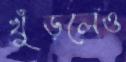
খুঁড়লেও